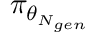
\pi _ { \theta _ { N _ { g e n } } }